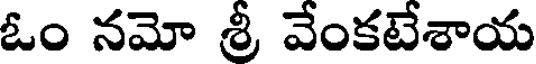
ఓం నమో శ్రీ వేంకటేశాయ